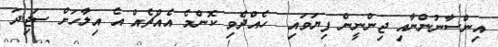
އިންސާނުންނާއި ޖިންނީން ފިޔަވައި  ހެއްދެވި ކޮންމެ އެއްޗެއް އެ އިލާހަށް ސަޖިދަ